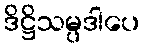
ဒိဋ္ဌိသမ္ပဒါပေ